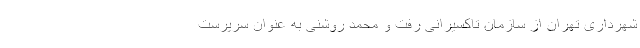
شهرداری تهران از سازمان تاکسیرانی رفت و محمد روشنی به عنوان سرپرست